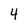
Character: 4